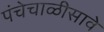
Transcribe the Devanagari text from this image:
पंचेचाळीसावे